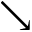
\searrow